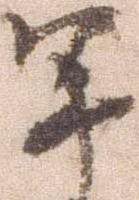
軍